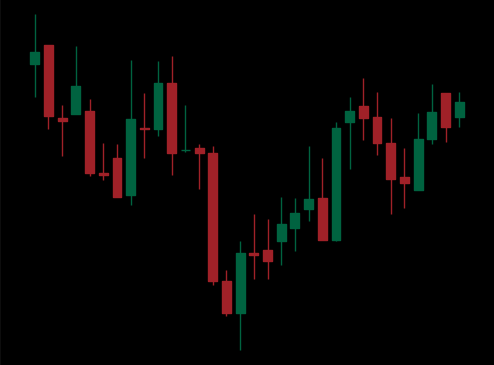
Pattern: inverse_head_shoulders